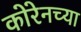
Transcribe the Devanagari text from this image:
कोरेनच्या